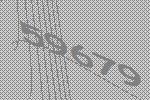
59679